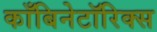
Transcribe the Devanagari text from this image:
काँबिनेटॉरिक्स